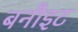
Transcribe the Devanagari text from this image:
बनौइट